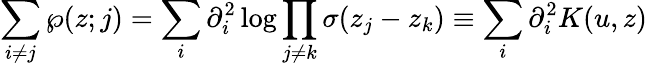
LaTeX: \sum_{i\neq j}\wp(z;j)=\sum_{i}\partial_{i}^{2}\log\prod_{j\neq k}\sigma(z_{j}-z_{k})\equiv\sum_{i}\partial_{i}^{2}K(u,z)